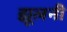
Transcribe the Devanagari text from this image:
झूलनी